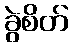
ခွဲစိတ်